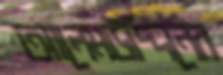
আলেমউদ্দিনের